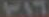
٣١٦